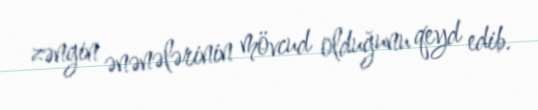
zəngin ənənələrinin mövcud olduğunu qeyd edib.